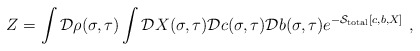
\begin{align*}Z=\int {\cal D}\rho(\sigma,\tau) \int {\cal D}X(\sigma,\tau) {\cal D}c(\sigma,\tau) {\cal D}b(\sigma,\tau)e^{-{\cal S}_{\rm total}[c,b,X]}~,\end{align*}